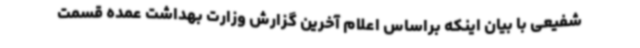
شفیعی با بیان اینکه براساس اعلام آخرین گزارش وزارت بهداشت عمده قسمت